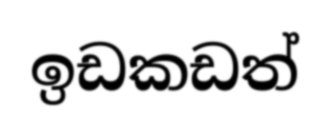
ඉඩකඩත්